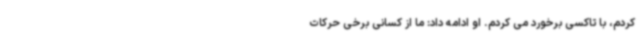
کردم، با تاکسی برخورد می کردم. او ادامه داد: ما از کسانی برخی حرکات